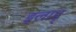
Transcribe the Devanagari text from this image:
इलाह्